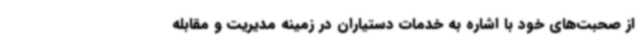
از صحبت‌های خود با اشاره به خدمات دستیاران در زمینه مدیریت و مقابله